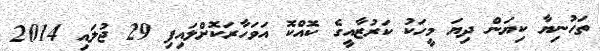
ތަހުނިޔާ ކިޔަން ދިޔަ މީހަކު ކަރުޒާއީގެ ކޮއްކޮ އަވަހާރަކޮށްލައިފި 29 ޖުލައި 2014